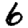
Digit: 6